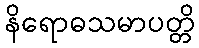
နိရောဓသမာပတ္တိ